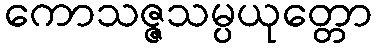
ကောသဇ္ဇသမ္ပယုတ္တော